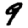
Digit: 9